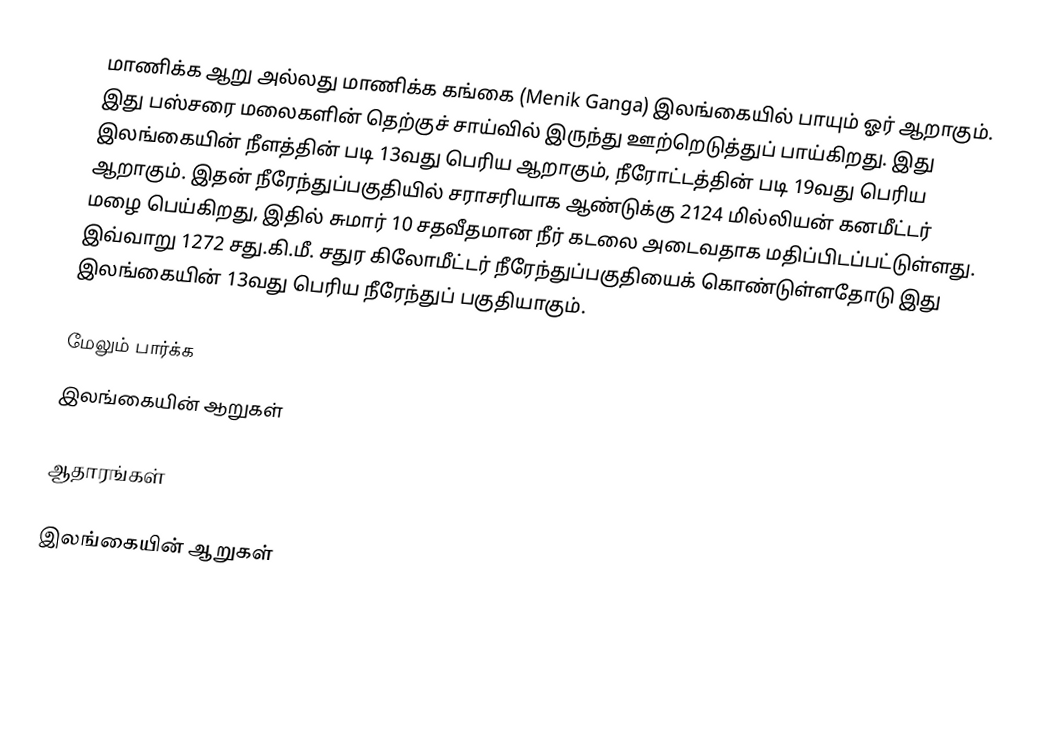
மாணிக்க ஆறு அல்லது மாணிக்க கங்கை (Menik Ganga) இலங்கையில் பாயும் ஓர் ஆறாகும். இது பஸ்சரை மலைகளின் தெற்குச் சாய்வில் இருந்து ஊற்றெடுத்துப் பாய்கிறது. இது இலங்கையின் நீளத்தின் படி 13வது பெரிய ஆறாகும், நீரோட்டத்தின் படி  19வது பெரிய  ஆறாகும். இதன் நீரேந்துப்பகுதியில் சராசரியாக ஆண்டுக்கு 2124 மில்லியன் கனமீட்டர் மழை பெய்கிறது, இதில் சுமார் 10 சதவீதமான நீர் கடலை அடைவதாக மதிப்பிடப்பட்டுள்ளது. இவ்வாறு 1272 சது.கி.மீ. சதுர கிலோமீட்டர் நீரேந்துப்பகுதியைக் கொண்டுள்ளதோடு இது இலங்கையின் 13வது பெரிய நீரேந்துப் பகுதியாகும்.

மேலும் பார்க்க
 இலங்கையின் ஆறுகள்

ஆதாரங்கள்

இலங்கையின் ஆறுகள்